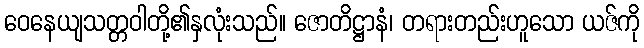
ဝေနေယျသတ္တဝါတို့၏နှလုံးသည်။ ဇောတိဋ္ဌာနံ၊ တရားတည်းဟူသော ယဇ်ကို